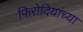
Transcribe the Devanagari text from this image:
फिरोदियांच्या